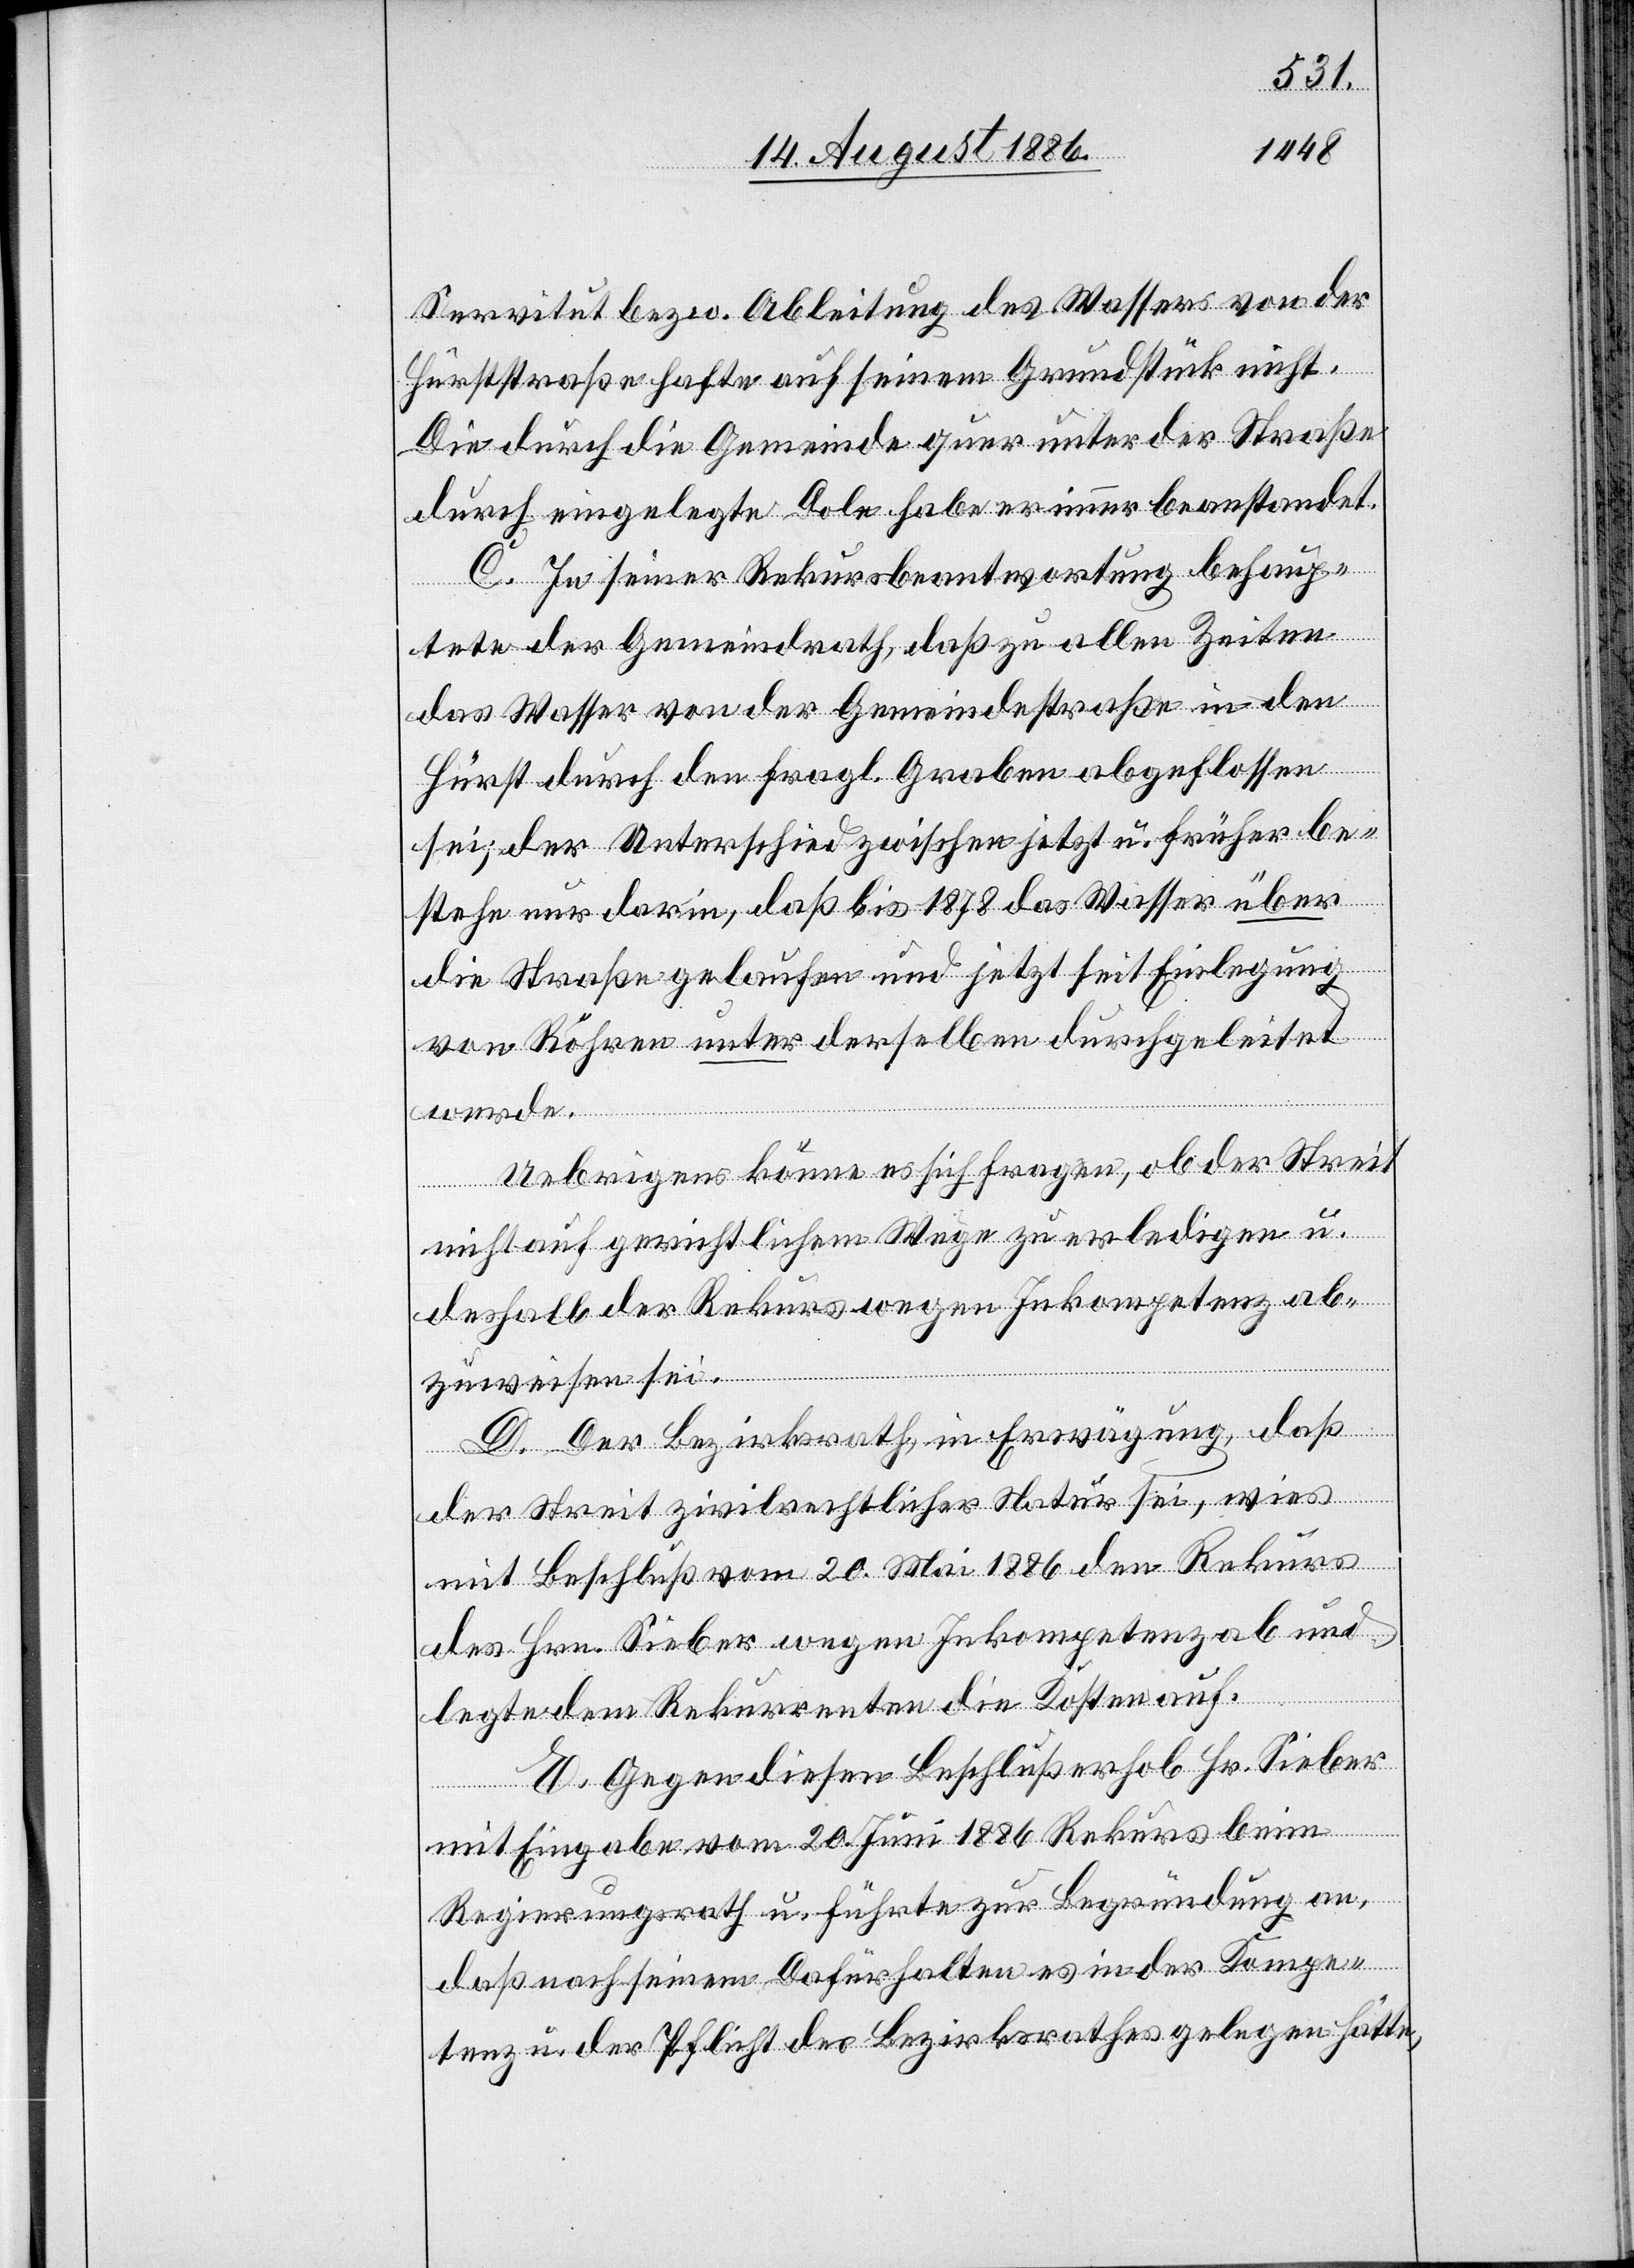
Servitut bez. v. Ableitung des Wassers von der
Hürststraße hafte auf seinem Grundstück nicht.
Die durch die Gemeinde quer unter der Straße
durch eingelegte Dole habe er immer beanstandet.
C. In seiner Rekursbeantwortung behaup¬
tete der Gemeindrath, daß zu allen Zeiten
das Wasser von der Gemeindestraße in den
Hürst durch den fragl. Graben abgeflossen
sei; der Unterschied zwischen jetzt u. früher be¬
stehe nur darin, daß bis 1878 das Wasser über
die Straße gelaufen und jetzt seit Einlegung
von Röhren unter derselben durchgeleitet
werde.
Uebrigens könne es sich fragen, ob der Streit
nicht auf gerichtlichem Wege zu erledigen u.
deshalb der Rekurs wegen Inkompetenz ab¬
zuweisen sei.
D. Der Bezirksrath, in Erwägung, daß
der Streit zivilrechtlicher Natur sei, wies
mit Beschluß vom 20. Mai 1886 den Rekurs
des Hrn. Sieber wegen Inkompetenz ab und
legte dem Rekurrenten die Kosten auf.
E. Gegen diesen Beschluß erhob Hr. Sieber
mit Eingabe vom 20. Juni 1886 Rekurs beim
Regierungsrath u. führte zur Begründung an,
daß nach seinem Dafürhalten es in der Kompe¬
tenz u. der Pflicht des Bezirksrathes gelegen hätte,